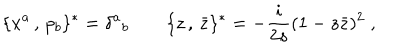
\{ x ^ { a } \, , \, p _ { b } \} ^ { \ast } = \delta ^ { a } { } _ { b } \qquad \{ z \, , \, \bar { z } \} ^ { \ast } = - \frac { i } { 2 s } ( 1 - z \bar { z } ) ^ { 2 } \; ,